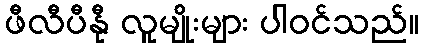
ဖီလီပီနီု လူမျိုးများ ပါဝင်သည်။